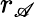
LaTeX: r_{\mathscr{A}}